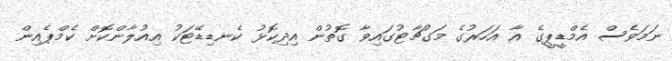
ނަމަވެސް އެމްޑީޕީގެ އާ އަހަރުގެ މަގުޗާޓުގައިވާ ގޮތުން އިދިކޮޅު ކެނޑިޑޭޓަކު އިއުލާންކޮށް ކެމްޕެއިން